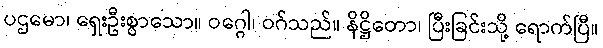
ပဌမော၊ ရှေးဦးစွာသော။ ဝဂ္ဂေါ၊ ဝဂ်သည်။ နိဋ္ဌိတော၊ ပြီးခြင်းသို့ ရောက်ပြီ။